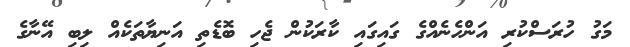
މަގު ހުރަސްކުރި އަންހެނެއްގެ ގައިގައި ކާރަކުން ޖެހި ބޮޑެތި އަނިޔާތަކެއް ލިބި އޭނާގެ